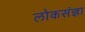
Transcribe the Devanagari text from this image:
लोकसंज्ञा